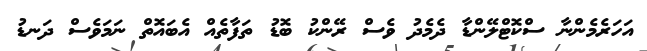
އަހަރެމެންނާ ސްކޮޓްލޭންޑާ ދެމެދު ވެސް ރޭންކު ބޮޑު ތަފާތެއް އެބައޮތް ނަމަވެސް ދަނޑު